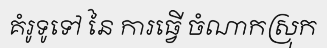
គំរូទូទៅ នៃ ការធ្វើ ចំណាកស្រុក